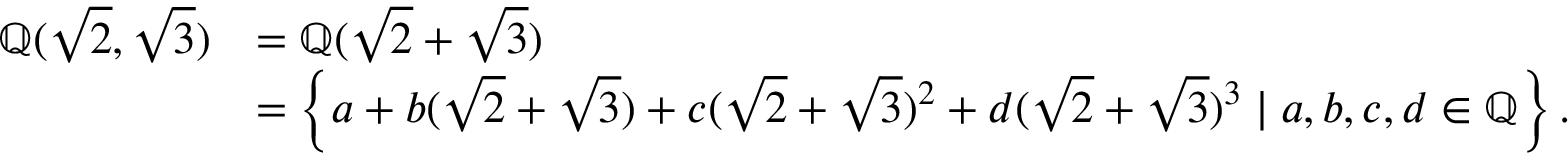
{ \begin{array} { r l } { \mathbb { Q } ( { \sqrt { 2 } } , { \sqrt { 3 } } ) } & { = \mathbb { Q } ( { \sqrt { 2 } } + { \sqrt { 3 } } ) } \\ & { = \left\{ a + b ( { \sqrt { 2 } } + { \sqrt { 3 } } ) + c ( { \sqrt { 2 } } + { \sqrt { 3 } } ) ^ { 2 } + d ( { \sqrt { 2 } } + { \sqrt { 3 } } ) ^ { 3 } \mid a , b , c , d \in \mathbb { Q } \right\} . } \end{array} }